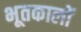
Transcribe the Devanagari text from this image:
भूतकालों